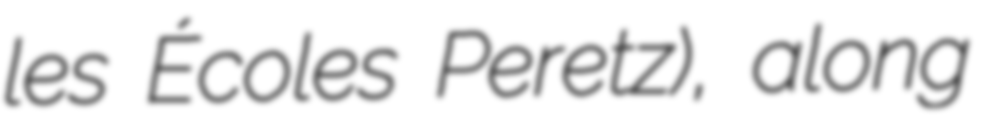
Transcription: les Écoles Peretz), along